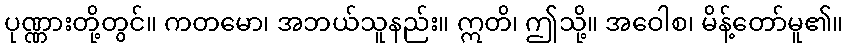
ပုဏ္ဏားတို့တွင်။ ကတမော၊ အဘယ်သူနည်း။ ဣတိ၊ ဤသို့။ အဝေါစ၊ မိန့်တော်မူ၏။